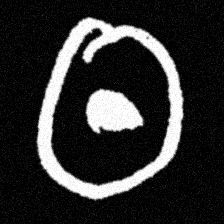
Pyu character \u2014 Myanmar letter: ထ (romanized: tha)